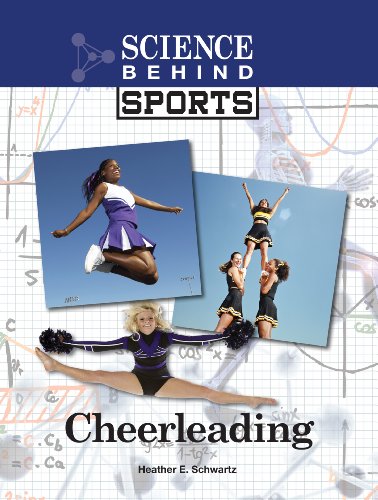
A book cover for Cheerleading (Science Behind Sports); Heather E. Schwartz; Teen & Young Adult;